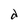
Character: d